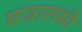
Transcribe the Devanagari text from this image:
मजालसी